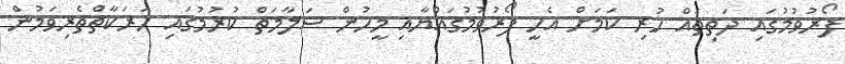
ފޯރުވުމުގައި ދަތިތައް ހުރި ކަމަށް އެހީ ފޯރުވުމުގައްޔާއި މީހުން ސަލާމަތް ކުރުމުގައި ހަރަކާތްތެރިވަމުން